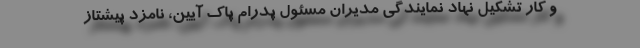
و کار تشکیل نهاد نمایندگی مدیران مسئول پدرام پاک آیین، نامزد پیشتاز